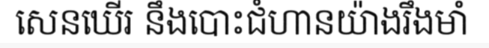
សេនឃើរ នឹងបោះជំហានយ៉ាងរឹងមាំ